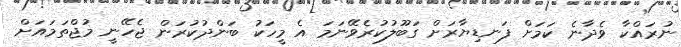
ނުރައްކާ ވެދާނެ ކަމަށް ފަނޑިޔާރަށް ގަބޫލުކުރެވޭނަމަ އެ މީހަކު ބަންދުކުރަން ޖެހޭނީ މުޖްތަމައަށް